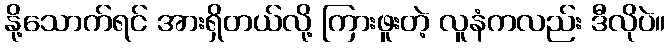
နို့သောက်ရင် အားရှိတယ်လို့ ကြားဖူးတဲ့ လူနံကလည်း ဒီလိုပဲ။